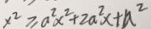
x ^ { 2 } \geq a ^ { 2 } x ^ { 2 } + 2 a ^ { 2 } x + a ^ { 2 }